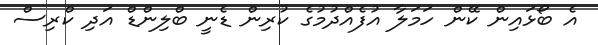
އެ ބޯޅައިން ކޭން ހަމަލާ އުފެއްދުމުގެ ކުރިން ޑެނީ ބްލިންޑް އަދި ކްރިސް